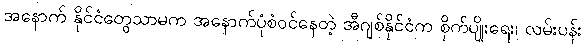
အနောက် နိုင်ငံတွေသာမက အနောက်ပုံစံဝင်နေတဲ့ အီဂျစ်နိုင်ငံက စိုက်ပျိုးရေး၊ လမ်းပန်း